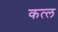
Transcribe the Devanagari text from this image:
कत्‍ल